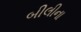
બીલીના